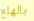
بالهلع